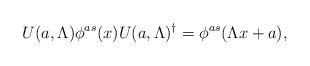
LaTeX: \begin{align*}U(a, \Lambda)\phi^{as}(x)U(a, \Lambda)^{\dagger}=\phi^{as}(\Lambda x+a), \end{align*}